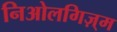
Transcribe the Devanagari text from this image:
निओलगिज़्म